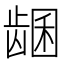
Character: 𬺊